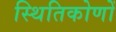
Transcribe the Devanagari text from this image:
स्थितिकोणों